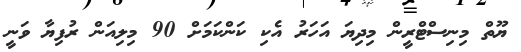
ޔޫތް މިނިސްޓްރީން މިދިޔަ އަހަރު އެކި ކަންކަމަށް 90 މިލިއަން ރުފިޔާ ވަނީ